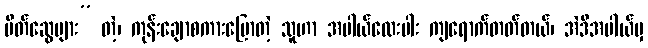
မိတ်ဆွေများ” တဲ့၊ ကုန်းချောစကားပြောတဲ့ သူဟာ အပါယ်လေးပါး ကျရောက်တတ်တယ်၊ အဲဒီအပါယ်မှ